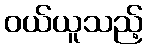
ဝယ်ယူသည့်